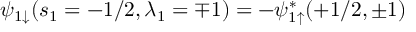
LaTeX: \psi _ { 1 \downarrow } ( s _ { 1 } = - 1 / 2 , \lambda _ { 1 } = \mp 1 ) = - \psi _ { 1 \uparrow } ^ { * } ( + 1 / 2 , \pm 1 )